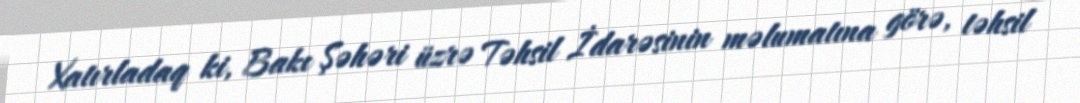
Xatırladaq ki, Bakı Şəhəri üzrə Təhsil İdarəsinin məlumatına görə, təhsil